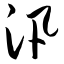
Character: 汛